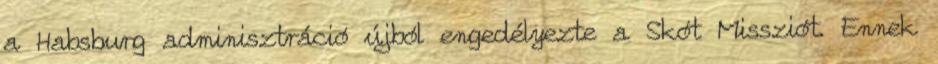
a Habsburg adminisztráció újból engedélyezte a Skót Missziót. Ennek